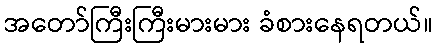
အတော်ကြီးကြီးမားမား ခံစားနေရတယ်။